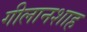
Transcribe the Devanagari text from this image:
गीलानशाह